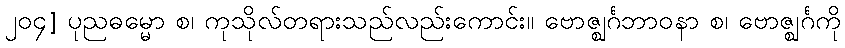
၂၀၄] ပုညဓမ္မော စ၊ ကုသိုလ်တရားသည်လည်းကောင်း။ ဗောဇ္ဈင်္ဂဘာဝနာ စ၊ ဗောဇ္ဈင်္ဂကို